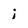
Character: i